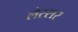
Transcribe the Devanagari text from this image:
लेस्सर